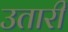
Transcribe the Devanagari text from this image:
उतारीं